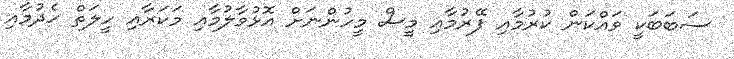
ސަބަބަކީ ވައްކަން ކުރުމާއި ފޭރުމާއި މީސް މީހުންނަށް އޮޅުވާލުމާއި މަކަރާއި ހީލަތް ހެދުމާއި